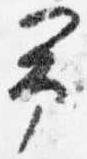
予